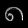
Digit: ၈